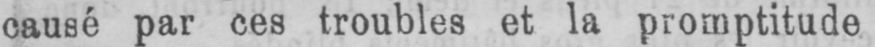
causé par ces troubles et la promptitude